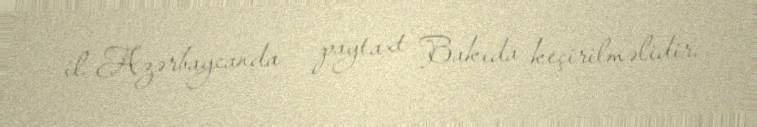
il Azərbaycanda - paytaxt Bakıda keçirilməlidir.